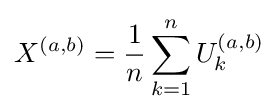
X^{(a,b)}={\frac {1}{n}}\sum _{k=1}^{n}U_{k}^{(a,b)}